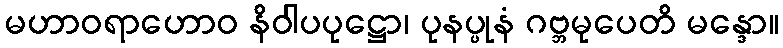
မဟာဝရာဟောဝ နိဝါပပုဋ္ဌော၊ ပုနပ္ပုနံ ဂဗ္ဘမုပေတိ မန္ဒော။